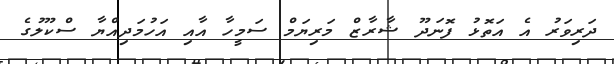
ދަރިވަރު އެ އަތޮޅު ފޮނަދޫ ޝާރާޒް މަރިޔަމް ސަމީހާ އާއި އަހުމަދިއްޔާ ސްކޫލުގެ